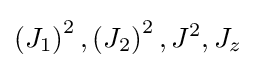
\left(J_{1}\right)^{2},\left(J_{2}\right)^{2},J^{2},J_{z}